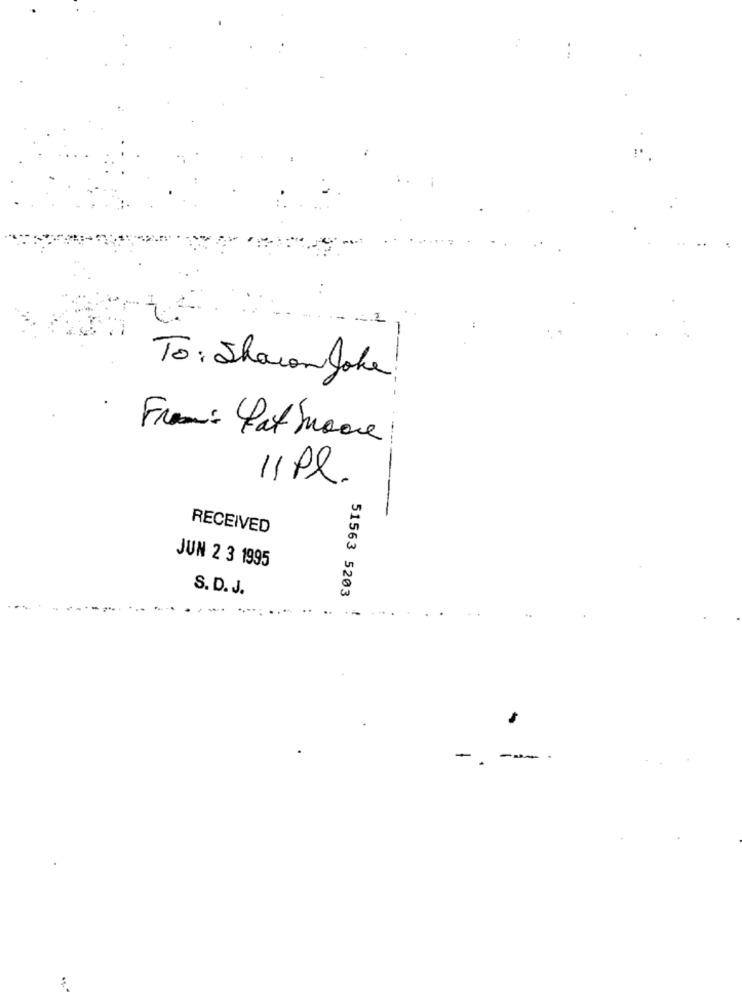
To: Shawn Joke
From: Pat boone
11Pl.
RECEIVED
JUN 2 3 1995
S. D. J.
51563 5203
-.